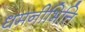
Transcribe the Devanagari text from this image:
धमनीभित्ति